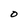
Character: O